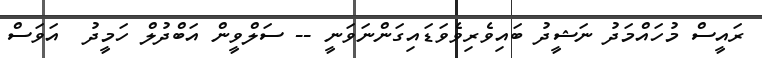
ރައީސް މުހައްމަދު ނަޝީދު ބައިވެރިވެވަޑައިގަންނަވަނީ -- ސަލްވީން އަބްދުލް ހަމީދު  އަވަސް